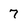
Character: 7